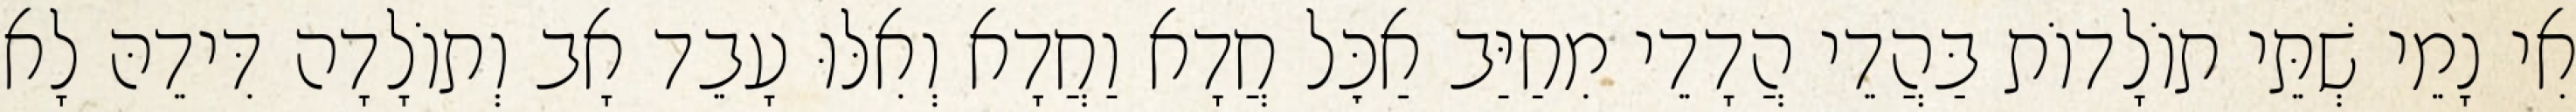
אִי נָמֵי שְׁתֵּי תוֹלָדוֹת בַּהֲדֵי הֲדָדֵי מִחַיַּב אַכׇּל חֲדָא וַחֲדָא וְאִלּוּ עָבֵד אָב וְתוֹלָדָה דִּידֵהּ לָא